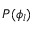
P ( \phi _ { l } )